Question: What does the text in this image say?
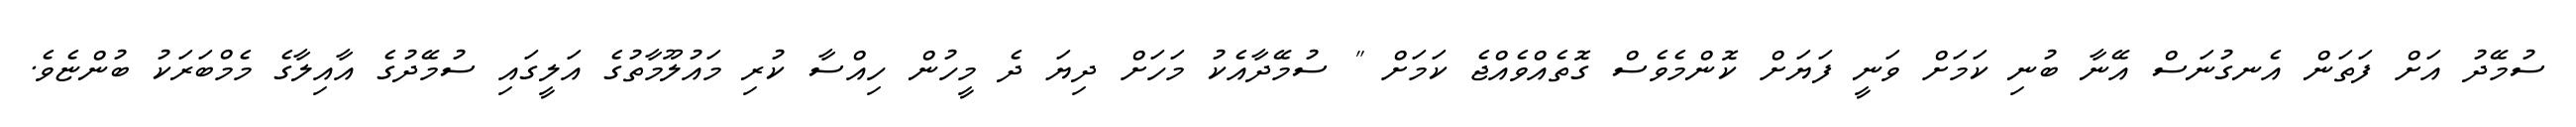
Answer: ސުމޭދު އަށް ފަތަން އެނގުނަސް އޭނާ ބުނި ކަމަށް ވަނީ ފަޔަށް ކޮންމެވެސް ގޮތެއްވެއްޖެ ކަމަށް " ސުމޭދާއެކު މަހަށް ދިޔަ ދެ މީހުން ހިއްސާ ކުރި މައުލޫމާތުގެ އަލީގައި ސުމޭދުގެ އާއިލާގެ މެމްބަރަކު ބުންޏެވެ.